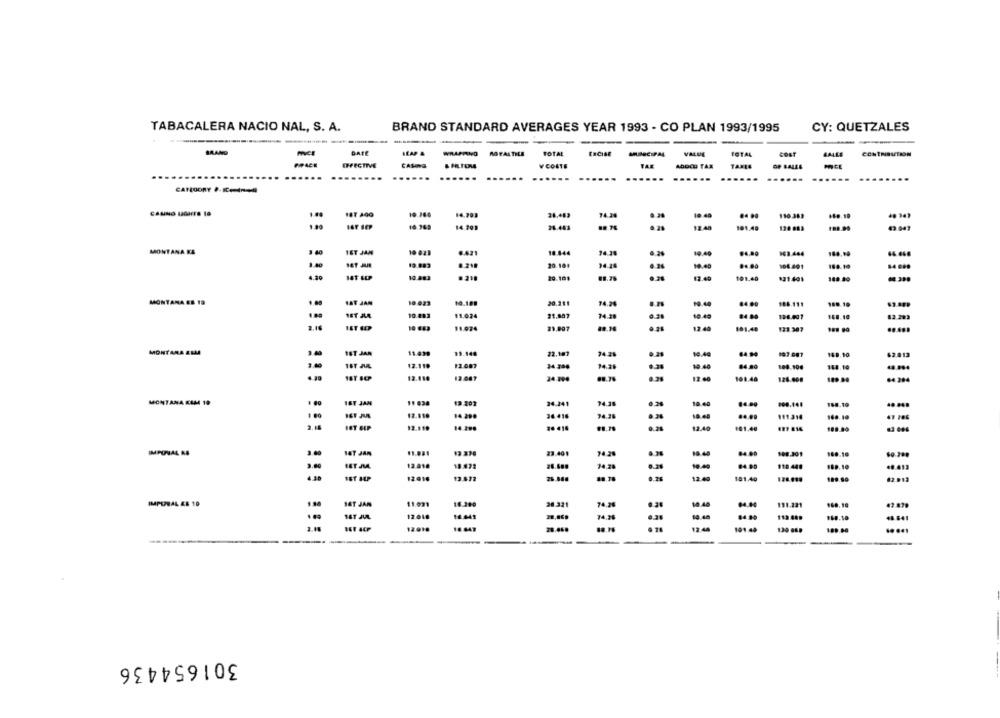
TABACALERA NACIO NAL, S. A.
BRAND STANDARD AVERAGES YEAR 1993 - CO PLAN 1993/1995
CY: QUETZALES
DATE
LEAP &
WRAPPING ROTALTILE
TOTAL
VALUE
TOTAL
GALLE
CONTRIBUTION
INFECTIVE
CASING
V COSTE
TAR
Abocu TAX
TAXLE
OF SALES
..
....
..
CATEGORY PER-
CAUNO LIGHTS 19
187 400
10.260
38,483
110 363
16.369
14.201
24.463
12.48
191.49
120 883
43.043
MONTANA KE
IST JAM
10 023
10.444
74.28
19.40
163.464
1.40
19.983
0.218
20.101
34.24
19.40
104.201
100.10
.....
4.39
10.413
.218
20.10$
12.49
191.40
188.89
MONTANA ES 19
HAT JAN
10 023
10.189
20.211
74.24
19.40
44.00
108.111
189.19
1.80
SET ALA
10.012
11.024
24.38
0.28
10.49
126.491
168.10
62.293
11.974
21.907
12.40
181.40
MONTARA &UMA
1ST JAN
11.439
13.148
22.107
10.40
64.94
107.007
62.413
94.3
169. 90
12.110
12.087
34.300
4.28
19.40
84.80
108.104
168.10
187 46P
13.110
13.067
24.196
88.7%
0.28
12.40
161.46
126.000
64 284
MONTANA KIM 19
IST JAM
19.207
24.241
74.38
10.40
168.19
14 299
36.416
24.38
10.40
111314
168.10
HOT SEP
14. 200
26 416
0.28
12.40
101.40
188.09
IMPUNAL KS
2.60
BAT JAN
13 230
23.40 9
74.28
84.05
108.301
169.10
BET MM
12.018
18.472
10.49
04.00
118 449
169.10
12016
13.472
26.888
#8.78
12:40
181 40
199.80
02.012
SAT JAN
11 03
16.200
38.321
74.28
10.45
04.00
191.221
168.10
IMPERIAL ES 10
12018
16.041
74.26
10.46
113.489
46.641
2.18
HET ACP
12 010
12:44
101:44
180.00
.. .. 1
301654436